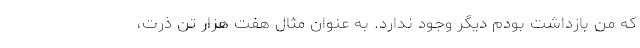
که من بازداشت بودم دیگر وجود ندارد. به عنوان مثال هفت هزار تن ذرت،